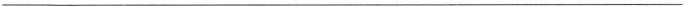
___